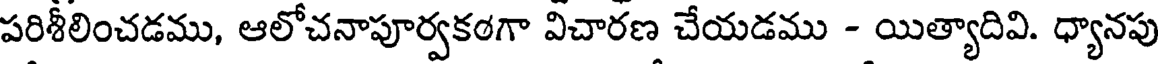
పరిశీలించడము, ఆలోచనాపూర్వకఠగా విచారణ చేయడము - యిత్యాదివి. ధ్యానపు